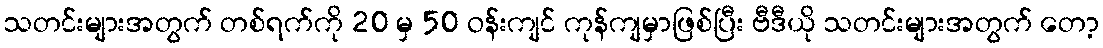
သတင်းများအတွက် တစ်ရက်ကို 20 မှ 50 ဝန်းကျင် ကုန်ကျမှာဖြစ်ပြီး ဗီဒီယို သတင်းများအတွက် တော့